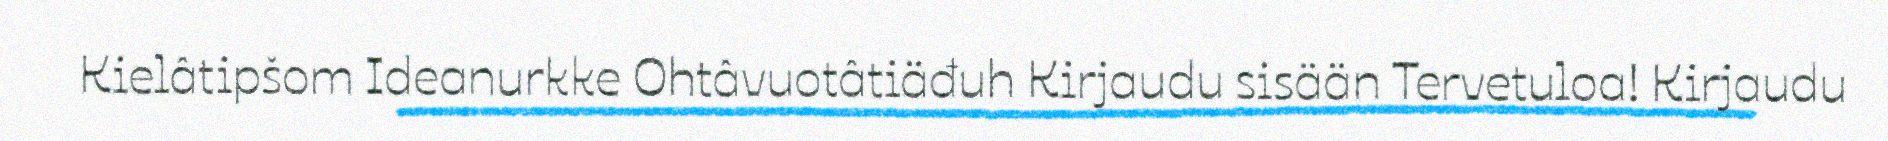
Kielâtipšom Ideanurkke Ohtâvuotâtiäđuh Kirjaudu sisään Tervetuloa! Kirjaudu